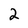
Character: 2